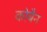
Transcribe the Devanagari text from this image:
कोबैन